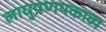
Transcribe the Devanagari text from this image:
लाघुप्रणयकाव्य